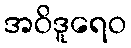
အဝိဒူရေဝ